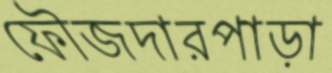
ফৌজদারপাড়া